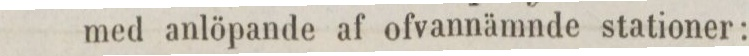
med anlöpande af ofvannämnde stationer: